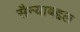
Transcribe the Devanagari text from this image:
सैन्याबद्दल